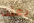
بعثت